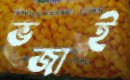
ভজাই